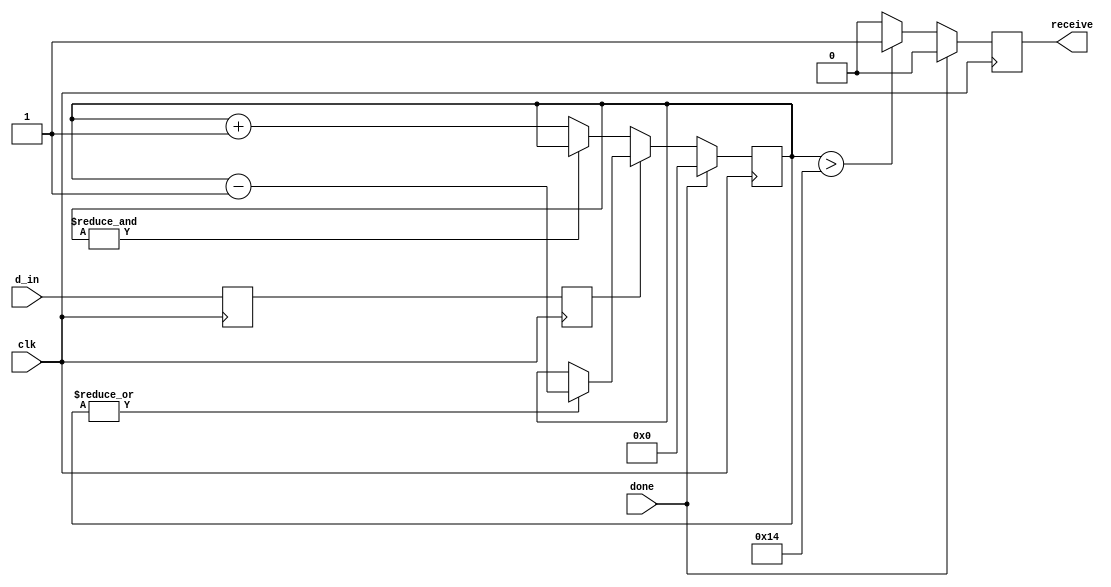
`timescale 1ns / 1ps

module receive_debouncing #(parameter threshold = 20)// set parameter thresehold to guage how long button pressed
(
input clk, //clock signal
input d_in, //input buttons for receive and reset
input done,
output reg receive //receive signal
);
    
reg button_ff1 = 0; //button flip-flop for synchronization. Initialize it to 0
reg button_ff2 = 0; //button flip-flop for synchronization. Initialize it to 0
reg [30:0]count_r = 0; //20 bits count for increment & decrement when button is pressed or released. Initialize it to 0 


// First use two flip-flops to synchronize the button signal the "clk" clock domain

always @(posedge clk) begin
button_ff1 <= d_in;
button_ff2 <= button_ff1;
end



// When the push-button is pushed or released, we increment or decrement the counter
// The counter has to reach threshold before we decide that the push-button state has changed
always @(posedge clk) begin 
    if (done) begin
        count_r <=0;
        receive <= 0;
        end
    else begin
    if (!button_ff2) begin//if button_ff2 is 1 
        if (~&count_r)//if it isn't at the count limit. Make sure won't count up at the limit. First AND all count and then not the AND
            count_r <= count_r+1; // when btn pressed, count up
    end 
    else begin
    if (|count_r)//if count has at least 1 in it. Make sure no subtraction when count is 0 
            count_r <= count_r-1; //when btn relesed, count down
    end
 
 
    if (count_r > threshold )//if the count is greater the threshold 
        receive <= 1; //debounced signal is 1
    else
        receive <= 0; //debounced signal is 0
    end
end


endmodule